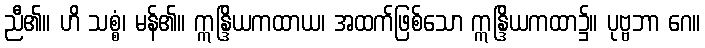
ညီ၏။ ဟိ သစ္စံ၊ မန်၏။ ဣန္ဒြိယကထာယ၊ အထက်ဖြစ်သော ဣန္ဒြိယကထာ၌။ ပုဗ္ဗဘာ ဂေ။